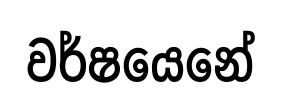
වර්ෂයෙනේ